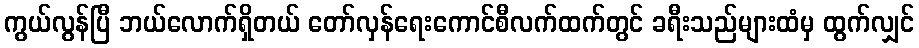
ကွယ်လွန်ပြီ ဘယ်လောက်ရှိတယ် တော်လှန်ရေးကောင်စီလက်ထက်တွင် ခရီးသည်များထံမှ ထွက်လျှင်